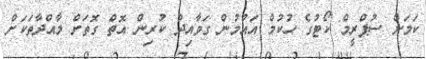
ކަމަށް ސުޕްރީމް ކޯޓުގެ ހުކުމް އައުމުން ގަވާއިދު ކުރިން އޮތް ގޮތަށް މާއްދާތަކަށް